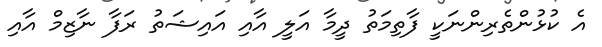
އެ ކުޅުންތެރިންނަކީ ފާތިމަތު ދީމާ އަލީ އާއި އައިޝަތު ރަފާ ނާޒިމް އާއި